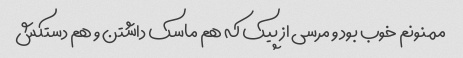
ممنونم خوب بود و مرسی از پیک که هم ماسک داشتن و هم دستکش